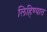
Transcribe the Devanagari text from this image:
लिहिण्‍यात